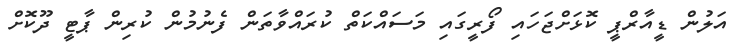
އަލުން ޑީއާރްޕީ ކޮޅަށްޖަހައި ފޯރީގައި މަސައްކަތް ކުރައްވާތަން ފެނުމުން ކުރިން ޕާޓީ ދޫކޮށް